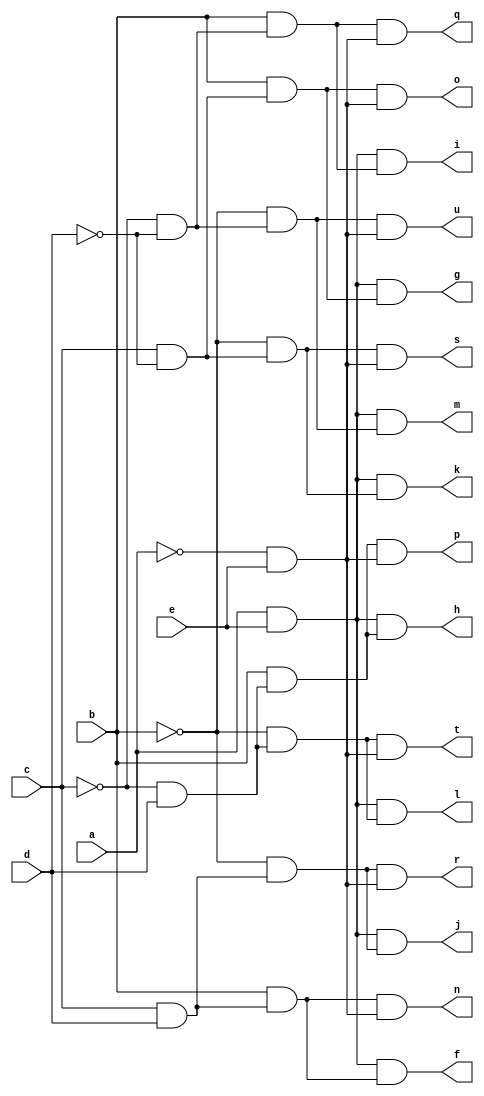
module decod ( 
    a, b, c, d, e,
    f, g, h, i, j, k, l, m, n, o, p, q, r, s, t, u  );
  input  a, b, c, d, e;
  output f, g, h, i, j, k, l, m, n, o, p, q, r, s, t, u;
  wire new_n22_, new_n23_, new_n24_, new_n26_, new_n27_, new_n29_, new_n30_,
    new_n32_, new_n33_, new_n35_, new_n37_, new_n39_, new_n41_, new_n43_;
  assign new_n22_ = a & e;
  assign new_n23_ = c & d;
  assign new_n24_ = b & new_n23_;
  assign f = new_n22_ & new_n24_;
  assign new_n26_ = c & ~d;
  assign new_n27_ = b & new_n26_;
  assign g = new_n22_ & new_n27_;
  assign new_n29_ = ~c & d;
  assign new_n30_ = b & new_n29_;
  assign h = new_n22_ & new_n30_;
  assign new_n32_ = ~c & ~d;
  assign new_n33_ = b & new_n32_;
  assign i = new_n22_ & new_n33_;
  assign new_n35_ = ~b & new_n23_;
  assign j = new_n22_ & new_n35_;
  assign new_n37_ = ~b & new_n26_;
  assign k = new_n22_ & new_n37_;
  assign new_n39_ = ~b & new_n29_;
  assign l = new_n22_ & new_n39_;
  assign new_n41_ = ~b & new_n32_;
  assign m = new_n22_ & new_n41_;
  assign new_n43_ = ~a & e;
  assign n = new_n24_ & new_n43_;
  assign o = new_n27_ & new_n43_;
  assign p = new_n30_ & new_n43_;
  assign q = new_n33_ & new_n43_;
  assign r = new_n35_ & new_n43_;
  assign s = new_n37_ & new_n43_;
  assign t = new_n39_ & new_n43_;
  assign u = new_n41_ & new_n43_;
endmodule